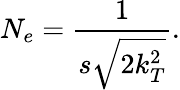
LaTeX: N_{e}=\frac{1}{s\sqrt{2k_{T}^{2}}}.